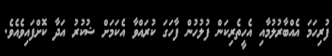
ފުރިހަމަ އެއްބާރުލުމާއި އެހީތެރިކަން ފުލުހުން ފާހަގަ ކުރައްވާ އެކަމަށް ޝުކުރު އަދާ ކޮށްފައިވެއެވެ.